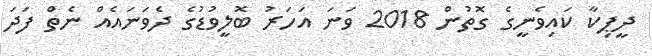
ދީޕިކާ ކައިވެނީގެ ގޮތުން 2018 ވަނަ އަހަރު ބޮލީވުޑުގެ ދެވަނައެއް ނެތް ފަދަ